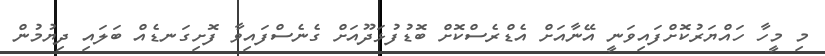
މި މީހާ ހައްޔަރުކޮށްފައިވަނީ އޭނާއަށް އެޑްރެސްކޮށް ބޮޑުފުޅަދޫއަށް ގެނެސްފައިވާ ފޮށިގަނޑެއް ބަލައި ދިޔުމުން